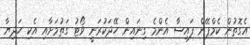
އެގޮތުން ކެމްޕޭން ފައިސާ އެންމެ ގިނައިން ހޭދަކުރަނީ ވޯޓު ގަތުމަށާއި އެކި ހަދިޔާ